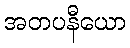
အတပနီယော